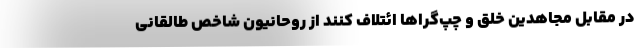
در مقابل مجاهدین خلق و چپ‌گراها ائتلاف کنند از روحانیون شاخص طالقانی